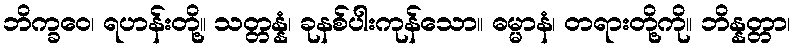
ဘိက္ခဝေ၊ ရဟန်းတို့။ သတ္တန္နံ၊ ခုနစ်ပါးကုန်သော။ ဓမ္မာနံ၊ တရားတို့ကို။ ဘိန္နတ္တာ၊